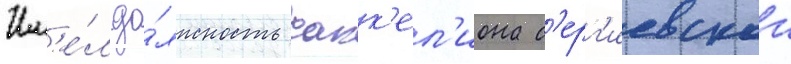
Им'е́л до́лжность сакк'ел'иона с'ерг'иевскои